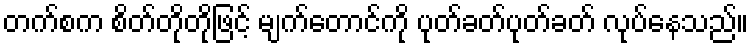
တက်စက စိတ်တိုတိုဖြင့် မျက်တောင်ကို ပုတ်ခတ်ပုတ်ခတ် လုပ်နေသည်။